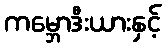
ကမ္ဘောဒီးယားနှင့်